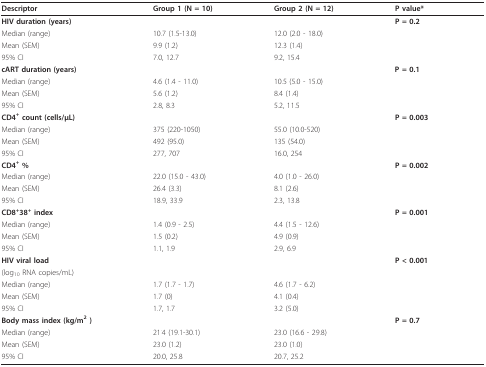
| Descriptor | Group 1 (N = 10) | Group 2 (N = 12) | P value* |
 | --- | --- | --- | --- |
 | HIV duration (years) |  |  | P = 0.2 |
 | Median (range) | 10.7 (1.5-13.0) | 12.0 (2.0 - 18.0) |  |
 | Mean (SEM) | 9.9 (1.2) | 12.3 (1.4) |  |
 | 95% CI | 7.0, 12.7 | 9.2, 15.4 |  |
 | cART duration (years) |  |  | P = 0.1 |
 | Median (range) | 4.6 (1.4 - 11.0) | 10.5 (5.0 - 15.0) |  |
 | Mean (SEM) | 5.6 (1.2) | 8.4 (1.4) |  |
 | 95% CI | 2.8, 8.3 | 5.2, 11.5 |  |
 | CD4+ count (cells/μL) |  |  | P = 0.003 |
 | Median (range) | 375 (220-1050) | 55.0 (10.0-520) |  |
 | Mean (SEM) | 492 (95.0) | 135 (54.0) |  |
 | 95% CI | 277, 707 | 16.0, 254 |  |
 | CD4+ % |  |  | P = 0.002 |
 | Median (range) | 22.0 (15.0 - 43.0) | 4.0 (1.0 - 26.0) |  |
 | Mean (SEM) | 26.4 (3.3) | 8.1 (2.6) |  |
 | 95% CI | 18.9, 33.9 | 2.3, 13.8 |  |
 | CD8+38+ index |  |  | P = 0.001 |
 | Median (range) | 1.4 (0.9 - 2.5) | 4.4 (1.5 - 12.6) |  |
 | Mean (SEM) | 1.5 (0.2) | 4.9 (0.9) |  |
 | 95% CI | 1.1, 1.9 | 2.9, 6.9 |  |
 | HIV viral load |  |  | P < 0.001 |
 | (log10 RNA copies/mL) |  |  |  |
 | Median (range) | 1.7 (1.7 - 1.7) | 4.6 (1.7 - 6.2) |  |
 | Mean (SEM) | 1.7 (0) | 4.1 (0.4) |  |
 | 95% CI | 1.7, 1.7 | 3.2 (5.0) |  |
 | Body mass index (kg/m2 ) |  |  | P = 0.7 |
 | Median (range) | 21.4 (19.1-30.1) | 23.0 (16.6 - 29.8) |  |
 | Mean (SEM) | 23.0 (1.2) | 23.0 (1.0) |  |
 | 95% CI | 20.0, 25.8 | 20.7, 25.2 |  |